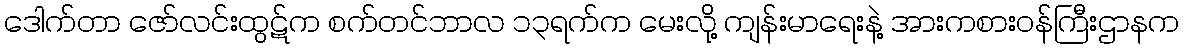
ဒေါက်တာ ဇော်လင်းထွဋ်က စက်တင်ဘာလ ၁၃ရက်က မေးလို့ ကျန်းမာရေးနဲ့ အားကစားဝန်ကြီးဌာနက